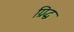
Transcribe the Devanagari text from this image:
ग्रिद्ध